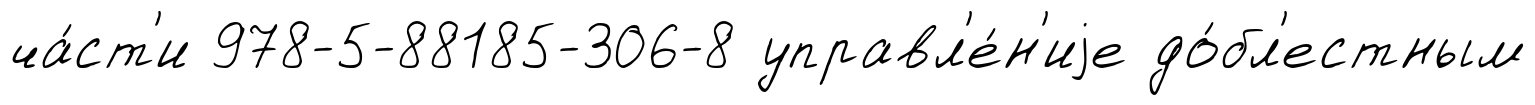
ча́ст'и 978-5-88185-306-8 управл'е́н'иjе до́бл'естным